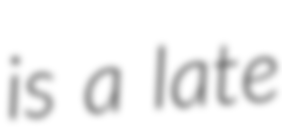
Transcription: is a late